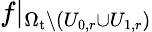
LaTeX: f|_{\Omega_{\mathrm{t}}\setminus\left(U_{0,r}\cup U_{1,r}\right)}